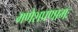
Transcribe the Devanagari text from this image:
गणेशप्रणामः